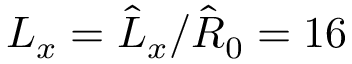
L _ { x } = \hat { L } _ { x } / \hat { R } _ { 0 } = 1 6